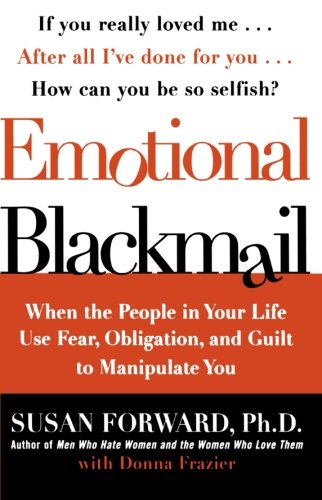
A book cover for Emotional Blackmail: When the People in Your Life Use Fear, Obligation, and Guilt to Manipulate You; Susan Forward; Self-Help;